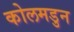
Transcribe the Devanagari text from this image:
कोलमडुन